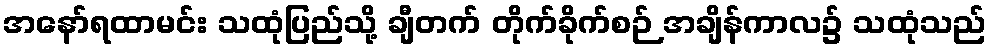
အနော်ရထာမင်း သထုံပြည်သို့ ချီတက် တိုက်ခိုက်စဉ် အချိန်ကာလ၌ သထုံသည်